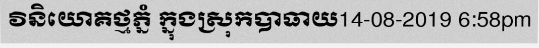
វិនិយោគថ្មភ្នំ ក្នុងស្រុកបាធាយ14-08-2019 6:58pm